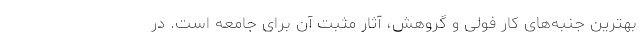
بهترین جنبه‌های کار فولی و گروهش، آثار مثبت آن برای جامعه است. در